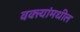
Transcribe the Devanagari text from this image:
वक्त्यांमधील